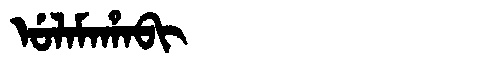
Manchu: ᡠᠯᠠᠮᠠᡥᠠᠪᡳ
Romanization: ULAMAHABI